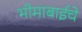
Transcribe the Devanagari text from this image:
भीमाबाईचे